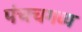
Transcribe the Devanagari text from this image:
पंचचगव्य